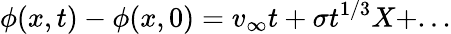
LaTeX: \phi(x,t)-\phi(x,0)=v_{\infty}t+\sigma t^{1/3}X+...